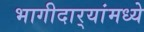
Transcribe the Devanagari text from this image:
भागीदार्‍यांमध्ये